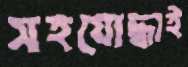
সহযোদ্ধাই